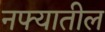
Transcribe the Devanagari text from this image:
नफ्यातील